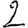
Digit: 2